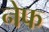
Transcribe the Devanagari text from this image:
नेफ